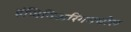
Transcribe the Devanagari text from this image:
इंजिनिअरिंगमधील